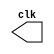
// ------------------------- 
// Exemplo0041 - Clock
// Nome: Michelle da Costa Silva 
// -------------------------

// --------------------------- 
// -- test clock generator (1) 
// --------------------------- 

// ------------------------- module clock
   module clock ( clk ); 
     output clk; 
     reg clk; 
 
    initial begin 
      clk = 1'b0; 
    end 
	  
    always begin 
 #12 clk = ~clk; 
     end 

  endmodule // clock ( ) 
  
// ------------------------- module Exemplo0041  
  
   module Exemplo0041; 
     wire clk; 
     clock CLK1 ( clk ); 

    initial begin 
      $dumpfile ( "Exemplo041.vcd" ); 
      $dumpvars; 
 #120 $finish; 
    end
	   
  endmodule // Exemplo041 ( )